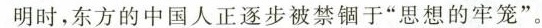
明时，东方的中国人正逐步被禁锢于”思想的牢笼”。